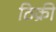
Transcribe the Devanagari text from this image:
ठिक्री